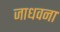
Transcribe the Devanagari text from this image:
जाधवना